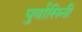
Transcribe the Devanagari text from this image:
पुर्वासिनी